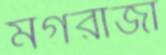
মগরাজা